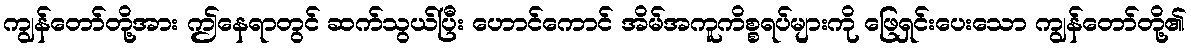
ကျွန်တော်တို့အား ဤနေရာတွင် ဆက်သွယ်ပြီး ဟောင်ကောင် အိမ်အကူကိစ္စရပ်များကို ဖြေရှင်းပေးသော ကျွန်တော်တို့၏